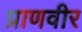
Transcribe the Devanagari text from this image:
प्राणवीर